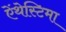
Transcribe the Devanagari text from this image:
ऐंथेस्टिमा